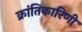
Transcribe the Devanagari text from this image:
क्रांतिकारिणी